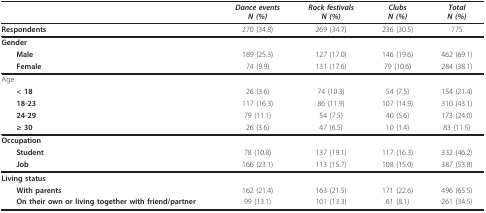
|  | Dance eventsN (%) | Rock festivalsN (%) | ClubsN (%) | TotalN (%) |
 | --- | --- | --- | --- | --- |
 | Respondents | 270 (34.8) | 269 (34.7) | 236 (30.5) | 775 |
 | Gender |  |  |  |  |
 | Male | 189 (25.3) | 127 (17.0) | 146 (19.6) | 462 (69.1) |
 | Female | 74 (9.9) | 131 (17.6) | 79 (10.6) | 284 (38.1) |
 | Age |  |  |  |  |
 | < 18 | 26 (3.6) | 74 (10.3) | 54 (7.5) | 154 (21.4) |
 | 18-23 | 117 (16.3) | 86 (11.9) | 107 (14.9) | 310 (43.1) |
 | 24-29 | 79 (11.1) | 54 (7.5) | 40 (5.6) | 173 (24.0) |
 | ≥ 30 | 26 (3.6) | 47 (6.5) | 10 (1.4) | 83 (11.5) |
 | Occupation |  |  |  |  |
 | Student | 78 (10.8) | 137 (19.1) | 117 (16.3) | 332 (46.2) |
 | Job | 166 (23.1) | 113 (15.7) | 108 (15.0) | 387 (53.8) |
 | Living status |  |  |  |  |
 | With parents | 162 (21.4) | 163 (21.5) | 171 (22.6) | 496 (65.5) |
 | On their own or living together with friend/partner | 99 (13.1) | 101 (13.3) | 61 (8.1) | 261 (34.5) |